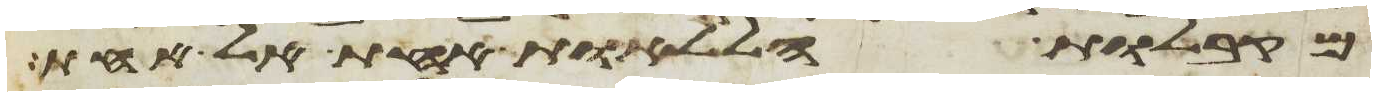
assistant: מקבלות הללאות אחת אל אחת